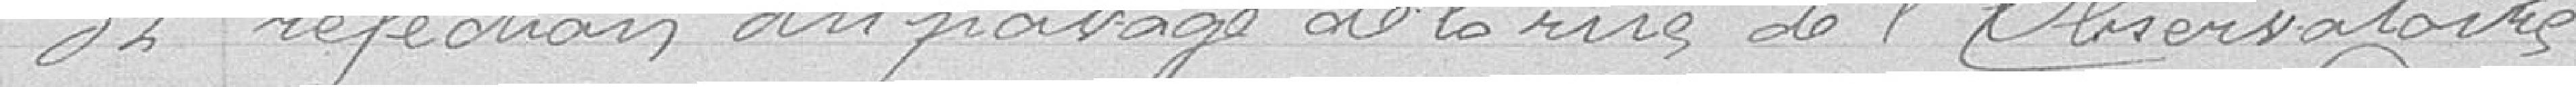
32 Réfection du passage de la rue de l'Observatoire